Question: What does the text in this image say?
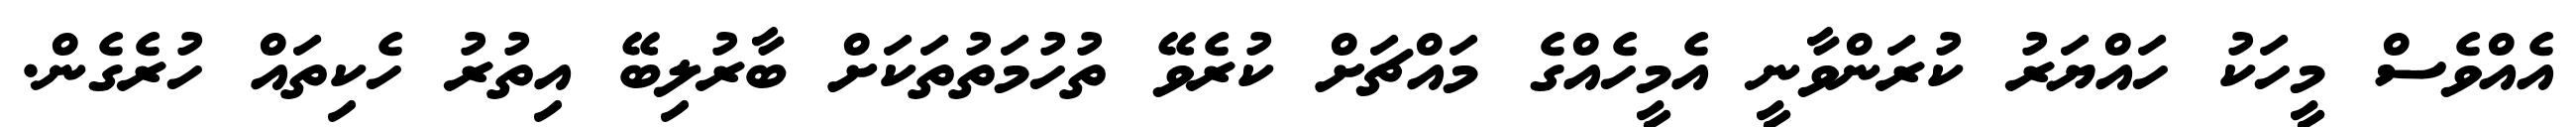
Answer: އެއްވެސް މީހަކު ހައްޔަރު ކުރަންވާނީ އެމީހެއްގެ މައްޗަށް ކުރެވޭ ތުހުމަތުތަކަށް ބާރުލިބޭ އިތުރު ހެކިތައް ހުރެގެން.